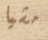
مشيا